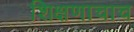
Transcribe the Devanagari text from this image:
शिक्षणाचाच